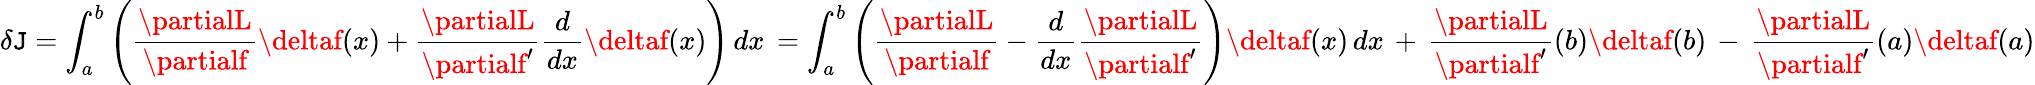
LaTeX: \delta\mathtt{J}=\int_{a}^{b}\left({\frac{{\partialL}}{{\partialf}}}\deltaf(x)+{\frac{{\partialL}}{{\partialf^{\prime}}}}{\frac{{d}}{{dx}}}\deltaf(x)\right)\, dx\, =\int_{a}^{b}\left({\frac{{\partialL}}{{\partialf}}}-{\frac{{d}}{{dx}}}{\frac{{\partialL}}{{\partialf^{\prime}}}}\right)\deltaf(x)\, dx\, +\, {\frac{{\partialL}}{{\partialf^{\prime}}}}(b)\deltaf(b)\, -\, {\frac{{\partialL}}{{\partialf^{\prime}}}}(a)\deltaf(a)